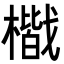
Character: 𭬐